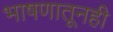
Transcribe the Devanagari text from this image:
भाषणातूनही